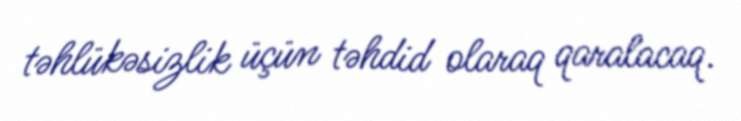
təhlükəsizlik üçün təhdid olaraq qaralacaq.